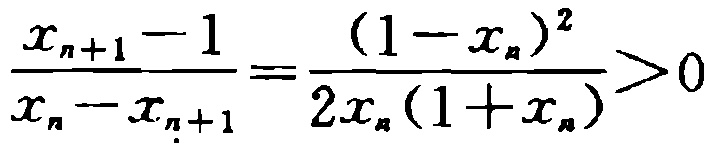
\(\frac{x_{n + 1} - 1}{x_{n} - x_{n + 1}} = \frac{(1 - x_{n})^{2}}{2x_{n}(1 + x_{n})} > 0\)